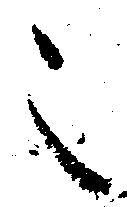
之